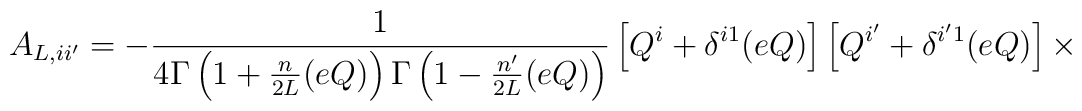
A_{L,ii'}=   - \frac{1}{4\Gamma\left(1+\frac{n}{2L}(eQ)\right)           \Gamma\left(1-\frac{n'}{2L}(eQ)\right)}	    \left[Q^{i} + \delta^{i1}(eQ)\right]	    \left[Q^{i'} + \delta^{i'1}(eQ)\right]	    \times